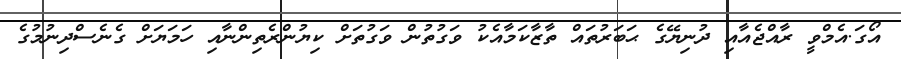
އޯގަ.އެމްވީ ރާއްޖެއާއި ދުނިޔޭގެ ޙަބަރުތައް ތާޒާކަމާއެކު ވަގުތުން ވަގުތަށް ކިޔުންރެތިންނާއި ހަމަޔަށް ގެނެސްދިނުމުގެ